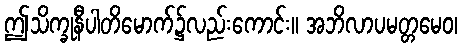
ဤသိက္ခုနီပါတိမောက်၌လည်းကောင်း။ အဘိလာပမတ္တမေဝ၊